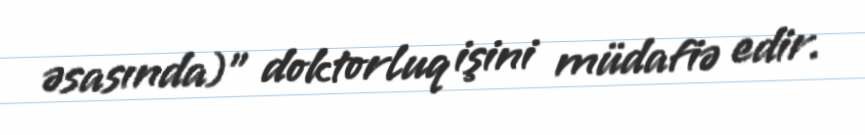
əsasında)" doktorluq işini müdafiə edir.